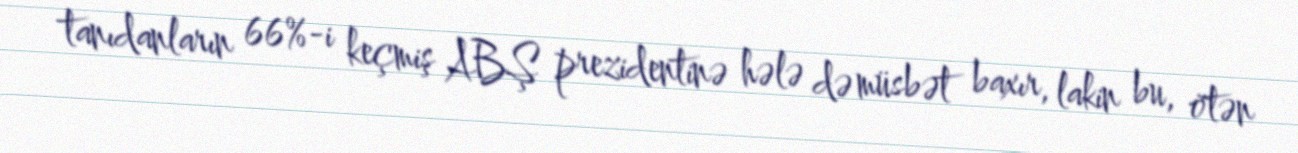
tanıdanların 66%-i keçmiş ABŞ prezidentinə hələ də müsbət baxır, lakin bu, ötən